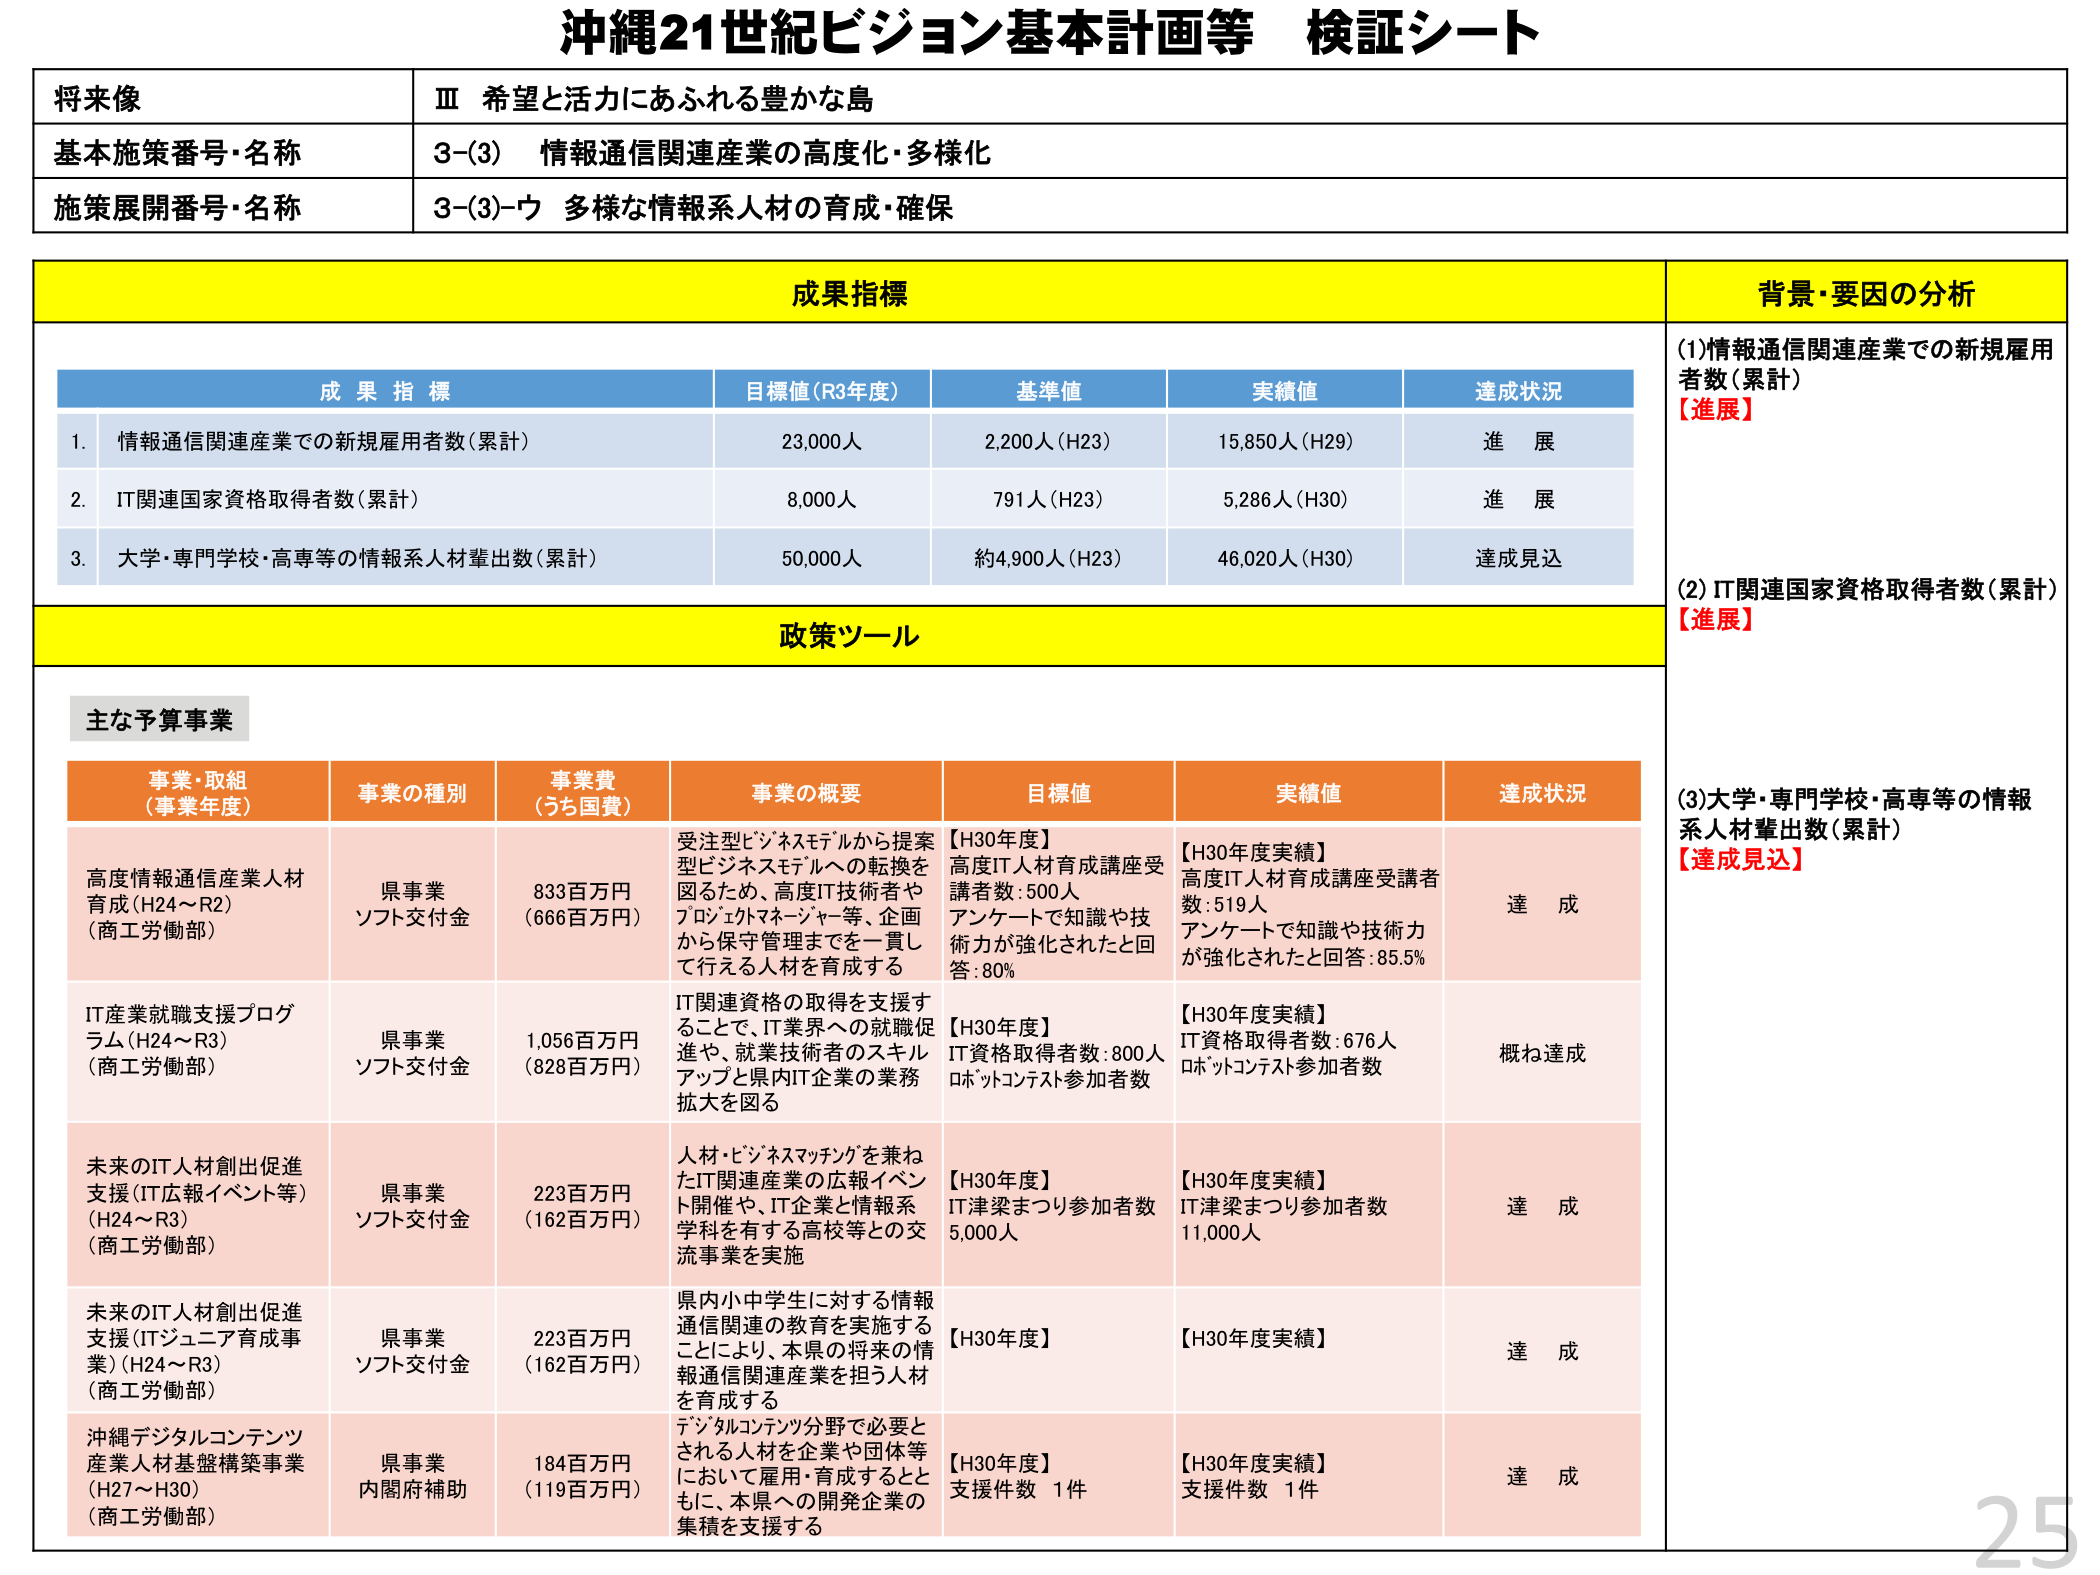
沖縄21世紀ビジョン基本計画等 検証シート

将来像
Ⅲ 希望と活力にあふれる豊かな島

基本施策番号・名称
3-(3) 情報通信関連産業の高度化・多様化

施策展開番号・名称
3-(3)-ウ 多様な情報系人材の育成・確保

成果指標
背景・要因の分析

成果指標
目標値(R3年度)
基準値
実績値
達成状況

1. 情報通信関連産業での新規雇用者数(累計)
23,000人
2,200人(H23)
15,850人(H29)
進展

2. IT関連国家資格取得者数(累計)
8,000人
791人(H23)
5,286人(H30)
進展

3. 大学・専門学校・高専等の情報系人材輩出数(累計)
50,000人
約4,900人(H23)
46,020人(H30)
達成見込

政策ツール

主な予算事業

事業・取組
(事業年度)
事業の種別
事業費
(うち国費)
事業の概要
目標値
実績値
達成状況

高度情報通信産業人材育成(H24～R2)
(商工労働部)
県事業
ソフト交付金
833百万円
(666百万円)
受注型ビジネスモデルから提案型ビジネスモデルへの転換を図るため、高度IT技術者やプロジェクトマネージャー等、企画から保守管理までを一貫して行える人材を育成する
【H30年度】
高度IT人材育成講座受講者数:500人
アンケートで知識や技術力が強化されたと回答:80%
【H30年度実績】
高度IT人材育成講座受講者数:519人
アンケートで知識や技術力が強化されたと回答:85.5%
達成

IT産業就職支援プログラム(H24～R3)
(商工労働部)
県事業
ソフト交付金
1,056百万円
(828百万円)
IT関連資格の取得を支援することで、IT業界への就職促進や、就業技術者のスキルアップと県内IT企業の業務拡大を図る
【H30年度】
IT資格取得者数:800人
ロボットコンテスト参加者数
【H30年度実績】
IT資格取得者数:676人
ロボットコンテスト参加者数
概ね達成

未来のIT人材創出促進支援(IT広報イベント等)
(H24～R3)
(商工労働部)
県事業
ソフト交付金
223百万円
(162百万円)
人材・ビジネスマッチングを兼ねたIT関連産業の広報イベント開催や、IT企業と情報系学科を有する高校等との交流事業を実施
【H30年度】
IT津梁まつり参加者数5,000人
【H30年度実績】
IT津梁まつり参加者数11,000人
達成

未来のIT人材創出促進支援(ITジュニア育成事業)
(H24～R3)
(商工労働部)
県事業
ソフト交付金
223百万円
(162百万円)
県内小中学生に対する情報通信関連の教育を実施することにより、本県の将来の情報通信関連産業を担う人材を育成する
【H30年度】
【H30年度実績】
達成

沖縄デジタルコンテンツ産業人材基盤構築事業
(H27～H30)
(商工労働部)
県事業
内閣府補助
184百万円
(119百万円)
デジタルコンテンツ分野で必要とされる人材を企業や団体等において雇用・育成するとともに、本県への開発企業の集積を支援する
【H30年度】
支援件数 1件
【H30年度実績】
支援件数 1件
達成

(1)情報通信関連産業での新規雇用者数(累計)
【進展】

(2)IT関連国家資格取得者数(累計)
【進展】

(3)大学・専門学校・高専等の情報系人材輩出数(累計)
【達成見込】

25